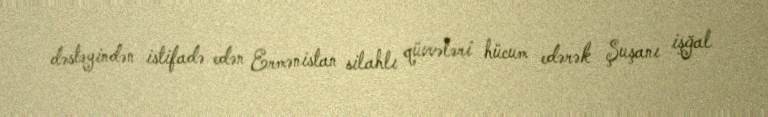
dəstəyindən istifadə edən Ermənistan silahlı qüvvələri hücum edərək Şuşanı işğal